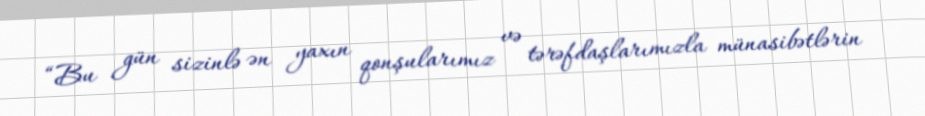
“Bu gün sizinlə ən yaxın qonşularımız və tərəfdaşlarımızla münasibətlərin